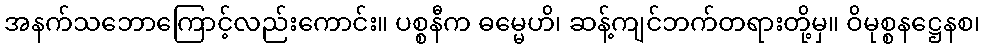
အနက်သဘောကြောင့်လည်းကောင်း။ ပစ္စနီက ဓမ္မေဟိ၊ ဆန့်ကျင်ဘက်တရားတို့မှ။ ဝိမုစ္စနဋ္ဌေနစ၊